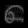
Digit: ၈